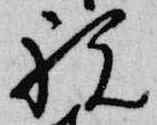
祝